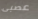
عصبى